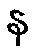
န